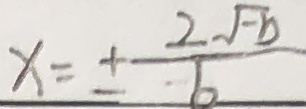
x = \pm \frac { 2 \sqrt { - b } } { 6 }